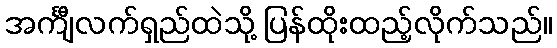
အင်္ကျီလက်ရှည်ထဲသို့ ပြန်ထိုးထည့်လိုက်သည်။